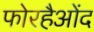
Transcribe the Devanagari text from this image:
फोरहैओंद